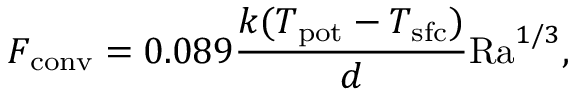
F _ { \mathrm { c o n v } } = 0 . 0 8 9 \frac { k ( T _ { \mathrm { p o t } } - T _ { \mathrm { s f c } } ) } { d } \mathrm { R a } ^ { 1 / 3 } ,